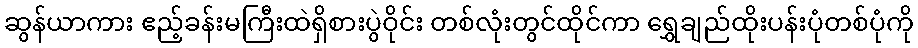
ဆွန်ယာကား ဧည့်ခန်းမကြီးထဲရှိစားပွဲဝိုင်း တစ်လုံးတွင်ထိုင်ကာ ရွှေချည်ထိုးပန်းပုံတစ်ပုံကို